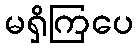
မရှိကြပေ